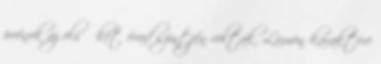
poénok az első két évad szintjén voltak. Lumen karaktere